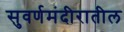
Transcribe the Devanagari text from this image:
सुवर्णमंदीरातील